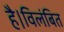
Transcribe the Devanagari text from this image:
है।विलंबित